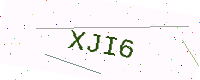
Text: XJI6